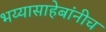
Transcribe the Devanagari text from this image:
भय्यासाहेबांनीच